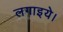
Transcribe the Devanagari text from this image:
लगाइये।